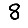
Digit: 8